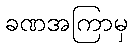
ခဏအကြာမှ